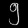
Digit: ၅